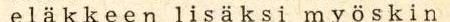
e l ä k k e e n  l i s ä k s i  m y ö s k i n